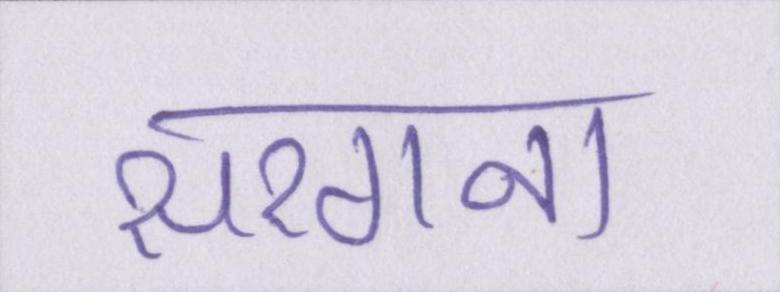
सरगना